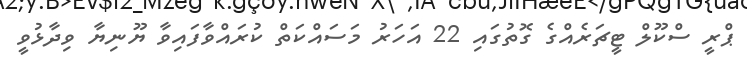
ޕްރީ ސްކޫލް ޓީޗަރެއްގެ ގޮތުގައި 22 އަހަރު މަސައްކަތް ކުރައްވާފައިވާ ޔޫނިޔާ ވިދާޅުވީ